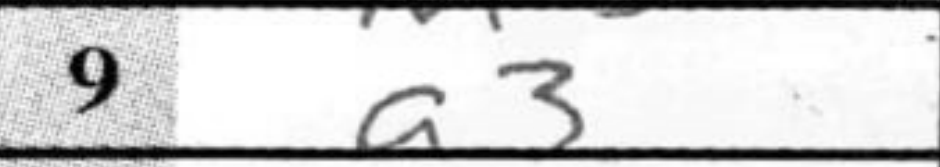
Transcription: a3